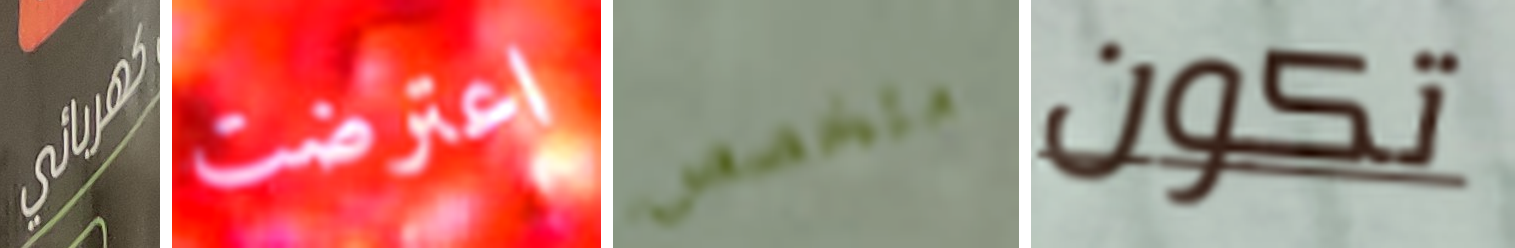
كهربائي اعترضت متخصص تكون